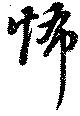
怖